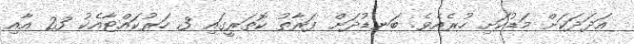
އަދަދަކަށް މަޑުކަށި ހުރެއެވެ. ބަނޑުދަށް ފަރާތު ކޮތަރީގައި 3 ހަރުކައްޓާއެކު 23 އާއި